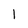
Character: 1